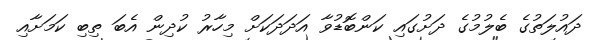
ދައުލަތުގެ ބެލުމުގެ ދަށުގައި ކަންބޮޑުވާ އަދަދަކަށް މިހާރު ކުދިން އެބަ ތިބި ކަމަށާއި